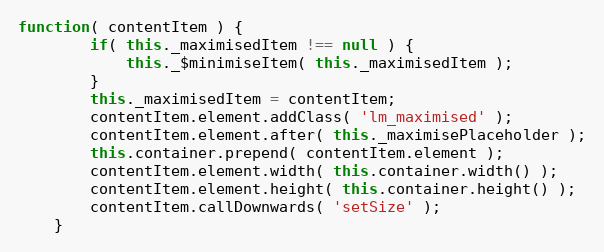
Language: JavaScript
function( contentItem ) {
		if( this._maximisedItem !== null ) {
			this._$minimiseItem( this._maximisedItem );
		}
		this._maximisedItem = contentItem;
		contentItem.element.addClass( 'lm_maximised' );
		contentItem.element.after( this._maximisePlaceholder );
		this.container.prepend( contentItem.element );
		contentItem.element.width( this.container.width() );
		contentItem.element.height( this.container.height() );
		contentItem.callDownwards( 'setSize' );
	}